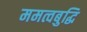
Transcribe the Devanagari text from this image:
ममत्वबुद्धि